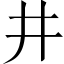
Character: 井